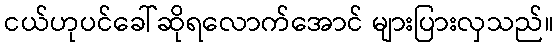
ငယ်ဟုပင်ခေါ်ဆိုရလောက်အောင် များပြားလှသည်။